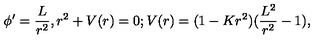
\phi ^ { \prime } = \frac { L } { r ^ { 2 } } , r ^ { 2 } + V ( r ) = 0 ; V ( r ) = ( 1 - K r ^ { 2 } ) ( \frac { L ^ { 2 } } { r ^ { 2 } } - 1 ) ,